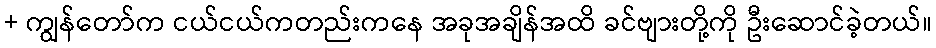
+ ကျွန်တော်က ငယ်ငယ်ကတည်းကနေ အခုအချိန်အထိ ခင်ဗျားတို့ကို ဦးဆောင်ခဲ့တယ်။